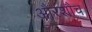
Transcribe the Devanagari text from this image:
औरशौच